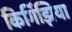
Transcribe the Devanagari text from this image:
किर्गिझिया